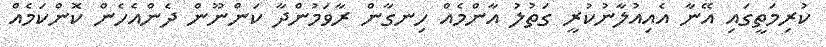
ކުރިމަތީގައި އޭނާ އެއިއުލާނުކުރީ ގަތުލު އާންމެއް ހިނގާން ރާވަމުންދާ ކަންނޫން ދެންއެހެން ކޮންކަމެއް